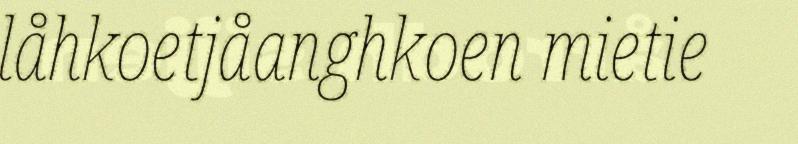
låhkoetjåanghkoen mietie